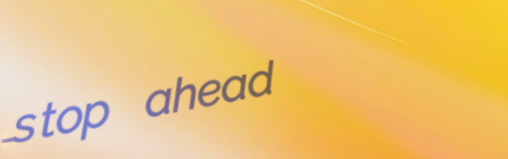
stop ahead